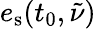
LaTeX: e_{\mathrm{s}}(t_{0},\tilde{\nu})